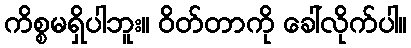
ကိစ္စမရှိပါဘူး။ ဝိတ်တာကို ခေါ်လိုက်ပါ။